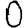
Digit: 0